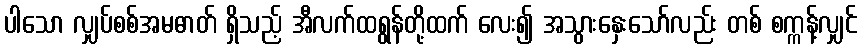
ပါသော လျှပ်စစ်အမဓာတ် ရှိသည့် အီလက်ထရွန်တို့ထက် လေး၍ အသွားနှေးသော်လည်း တစ် စက္ကန့်လျှင်